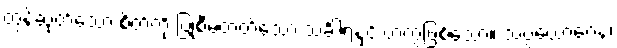
တွန့်ဆုတ်သော စိတ်ကို ပြုစီမံတတ်သော သင်္ခါရနှင့် တကွဖြစ်သော။ သပ္ပယောဂေန၊